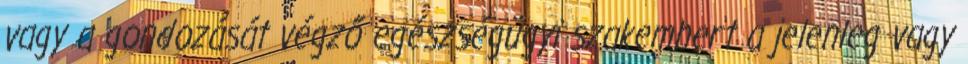
vagy a gondozását végző egészségügyi szakembert a jelenleg vagy